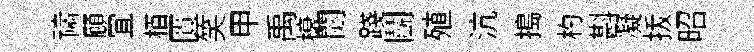
禱頋冝栢匱笑甲禹榱閟踐鬬殖沆搗杓斟凝㧞昭